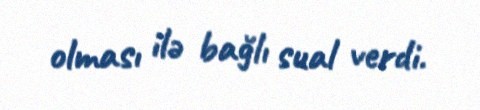
olması ilə bağlı sual verdi.